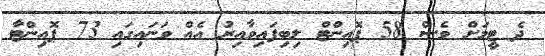
ދެ ޓީމަށް ވެސް 58 ޕޮއިންޓް ލިބިފައިވާއިރު އެއް ވަނައިގައި 73 ޕޮއިންޓާ